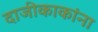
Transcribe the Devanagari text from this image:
दाजीकाकांना